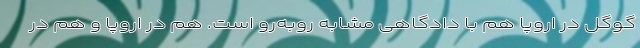
گوگل در اروپا هم با دادگاهی مشابه روبه‌رو است. هم در اروپا و هم در